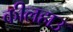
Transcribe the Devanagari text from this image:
कीलहाउ